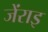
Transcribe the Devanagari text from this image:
जेंराइ